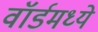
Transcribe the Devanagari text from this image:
वॉर्डमध्ये